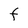
Character: F